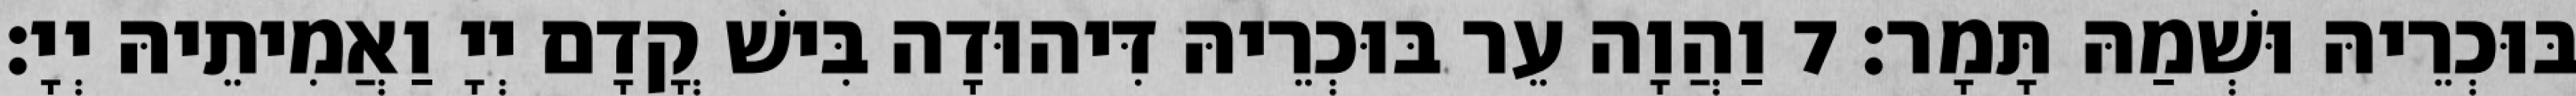
בּוּכְרֵיהּ וּשְׁמַהּ תָּמָר׃ 7 וַהֲוָה עֵר בּוּכְרֵיהּ דִּיהוּדָה בִּישׁ קֳדָם יְיָ וַאֲמִיתֵיהּ יְיָ׃